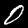
Label: 0